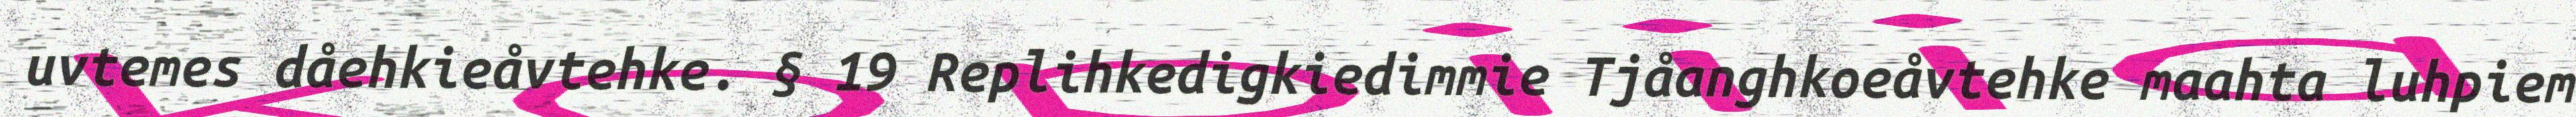
uvtemes dåehkieåvtehke. § 19 Replihkedigkiedimmie Tjåanghkoeåvtehke maahta luhpiem